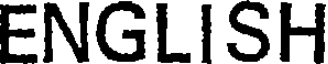
ENGLISH